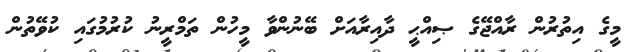
މީގެ އިތުރުން ރާއްޖޭގެ ޞިއްޙީ ދާއިރާއަށް ބޭނުންވާ މީހުން ތަމްރީނު ކުރުމުގައި ކުވޭތުން